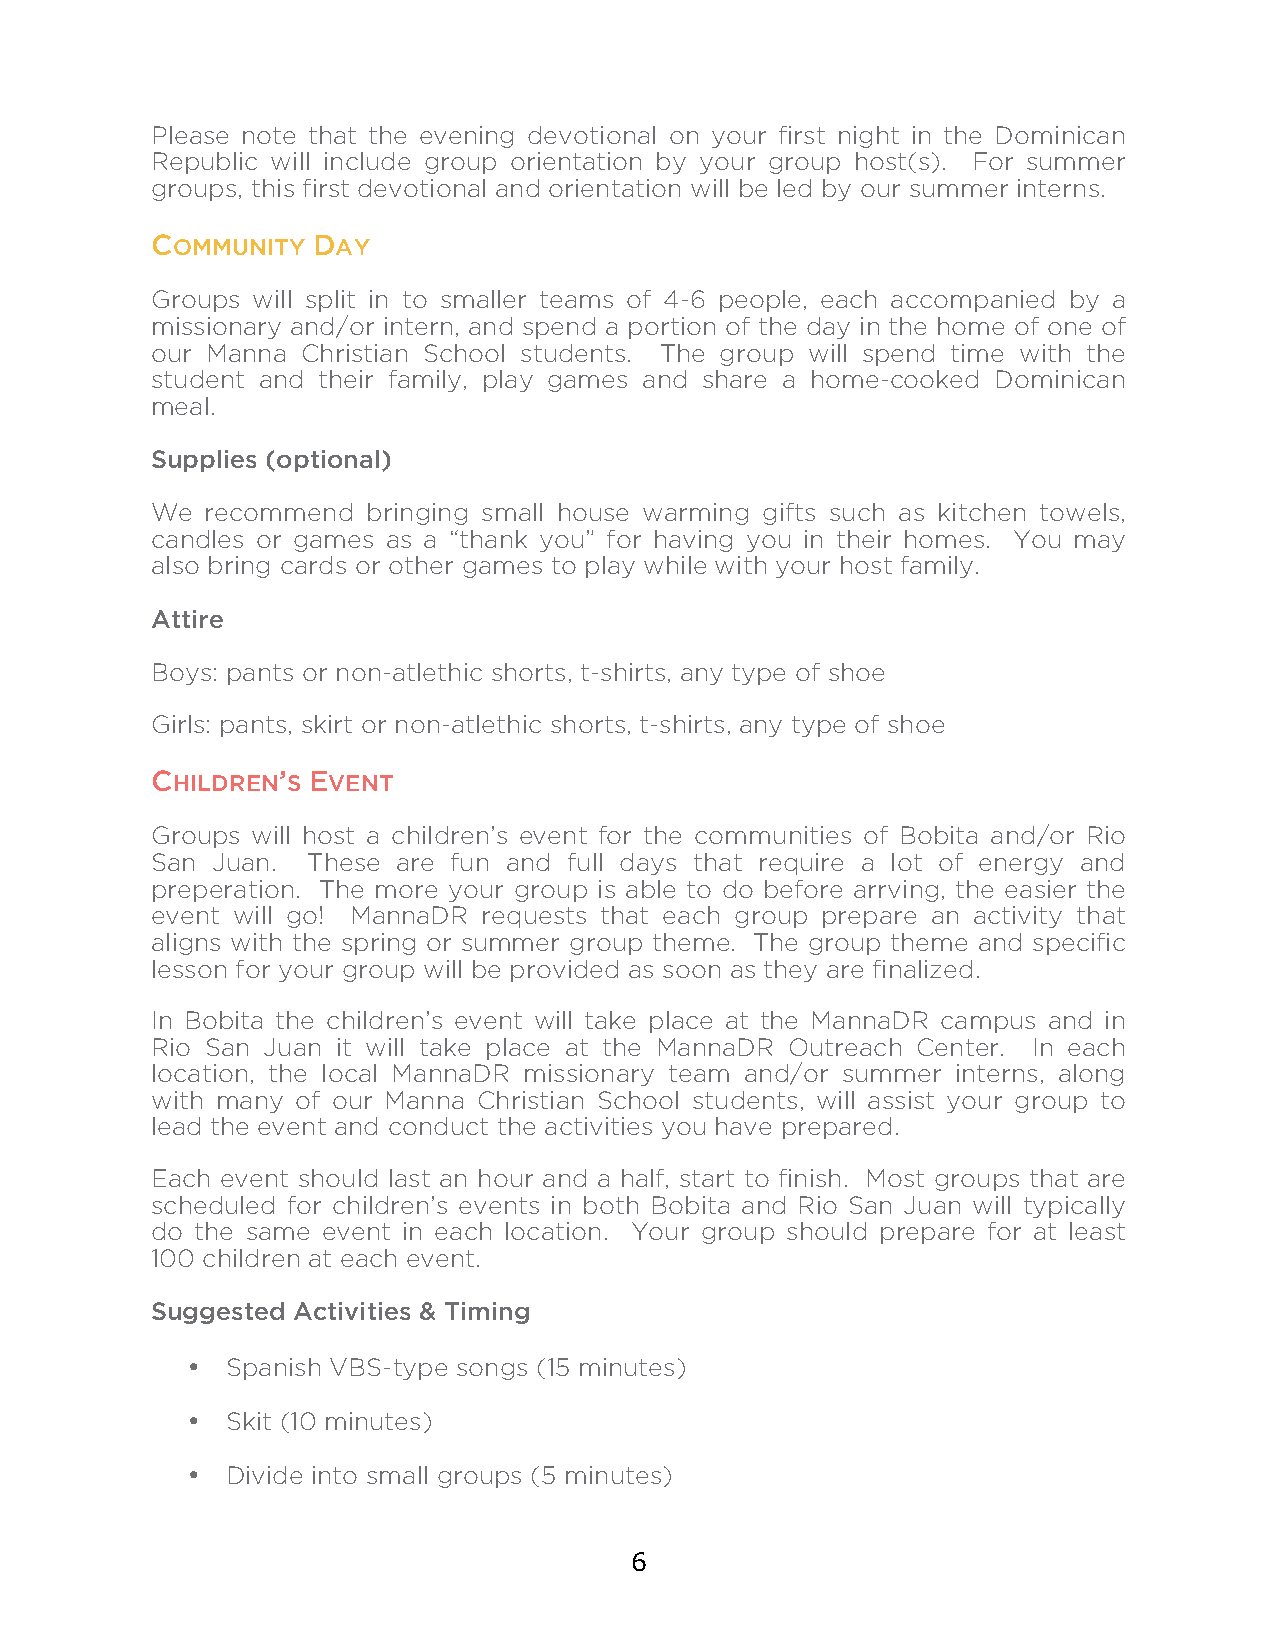
Please note that the evening devotional on your first night in the Dominican
 Republic will include group orientation by your group host(s). For summer
 groups, this first devotional and orientation will be led by our summer interns.
 COMMUNITY  DAY
 Groups will split in to smaller teams of 4-6 people, each accompanied by a
 missionary and/or intern, and spend a portion of the day in the home of one of
 our Manna Christian School students. The group will spend time with the
 student and their family, play games and share a home-cooked Dominican
 meal.
 Supplies (optional)
 We  recommend bringing small house warming gifts such as kitchen towels,
 candles or games as a “thank you” for having you in their homes. You may
 also bring cards or other games to play while with your host family.
 Attire
 Boys: pants or non-atlethic shorts, t-shirts, any type of shoe
 Girls: pants, skirt or non-atlethic shorts, t-shirts, any type of shoe
 CHILDREN’S EVENT
 Groups will host a children’s event for the communities of Bobita and/or Rio
 San Juan. These are fun and full days that require a lot of energy and
 preperation. The more your group is able to do before arrving, the easier the
 event will go! MannaDR requests that each group prepare an activity that
 aligns with the spring or summer group theme. The group theme and specific
 lesson for your group will be provided as soon as they are finalized.
 In Bobita the children’s event will take place at the MannaDR campus and in
 Rio San Juan it will take place at the MannaDR Outreach Center. In each
 location, the local MannaDR missionary team and/or summer interns, along
 with many of our Manna Christian School students, will assist your group to
 lead the event and conduct the activities you have prepared.
 Each event should last an hour and a half, start to finish. Most groups that are
 scheduled for children’s events in both Bobita and Rio San Juan will typically
 do the same event in each location. Your group should prepare for at least
 100 children at each event.
 Suggested Activities & Timing
 •  Spanish VBS-type songs (15 minutes)
 •  Skit (10 minutes)
 •  Divide into small groups (5 minutes)
 6